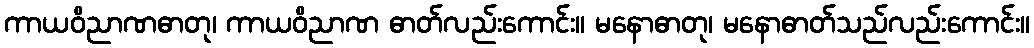
ကာယဝိညာဏဓာတု၊ ကာယဝိညာဏ ဓာတ်လည်းကောင်း။ မနောဓာတု၊ မနောဓာတ်သည်လည်းကောင်း။